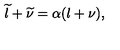
\widetilde { l } + \widetilde { \nu } = \alpha ( l + \nu ) ,